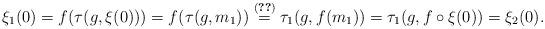
LaTeX: \begin{align*}\xi_1(0)= f(\tau(g,\xi(0)))= f(\tau(g,m_1))\stackrel{(\ref{eq:equiv_m1})}{=} \tau_1(g,f(m_1))= \tau_1 (g,f \circ \xi(0))= \xi_2(0).\end{align*}